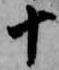
十